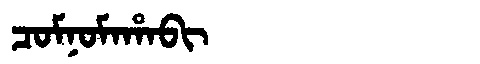
Manchu: ᠴᠣᠮᠨᠣᠮᠠᡥᠠᠪᡳ
Romanization: COMNOMAHABI